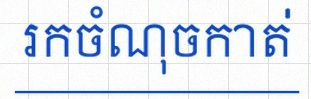
រកចំណុចកាត់